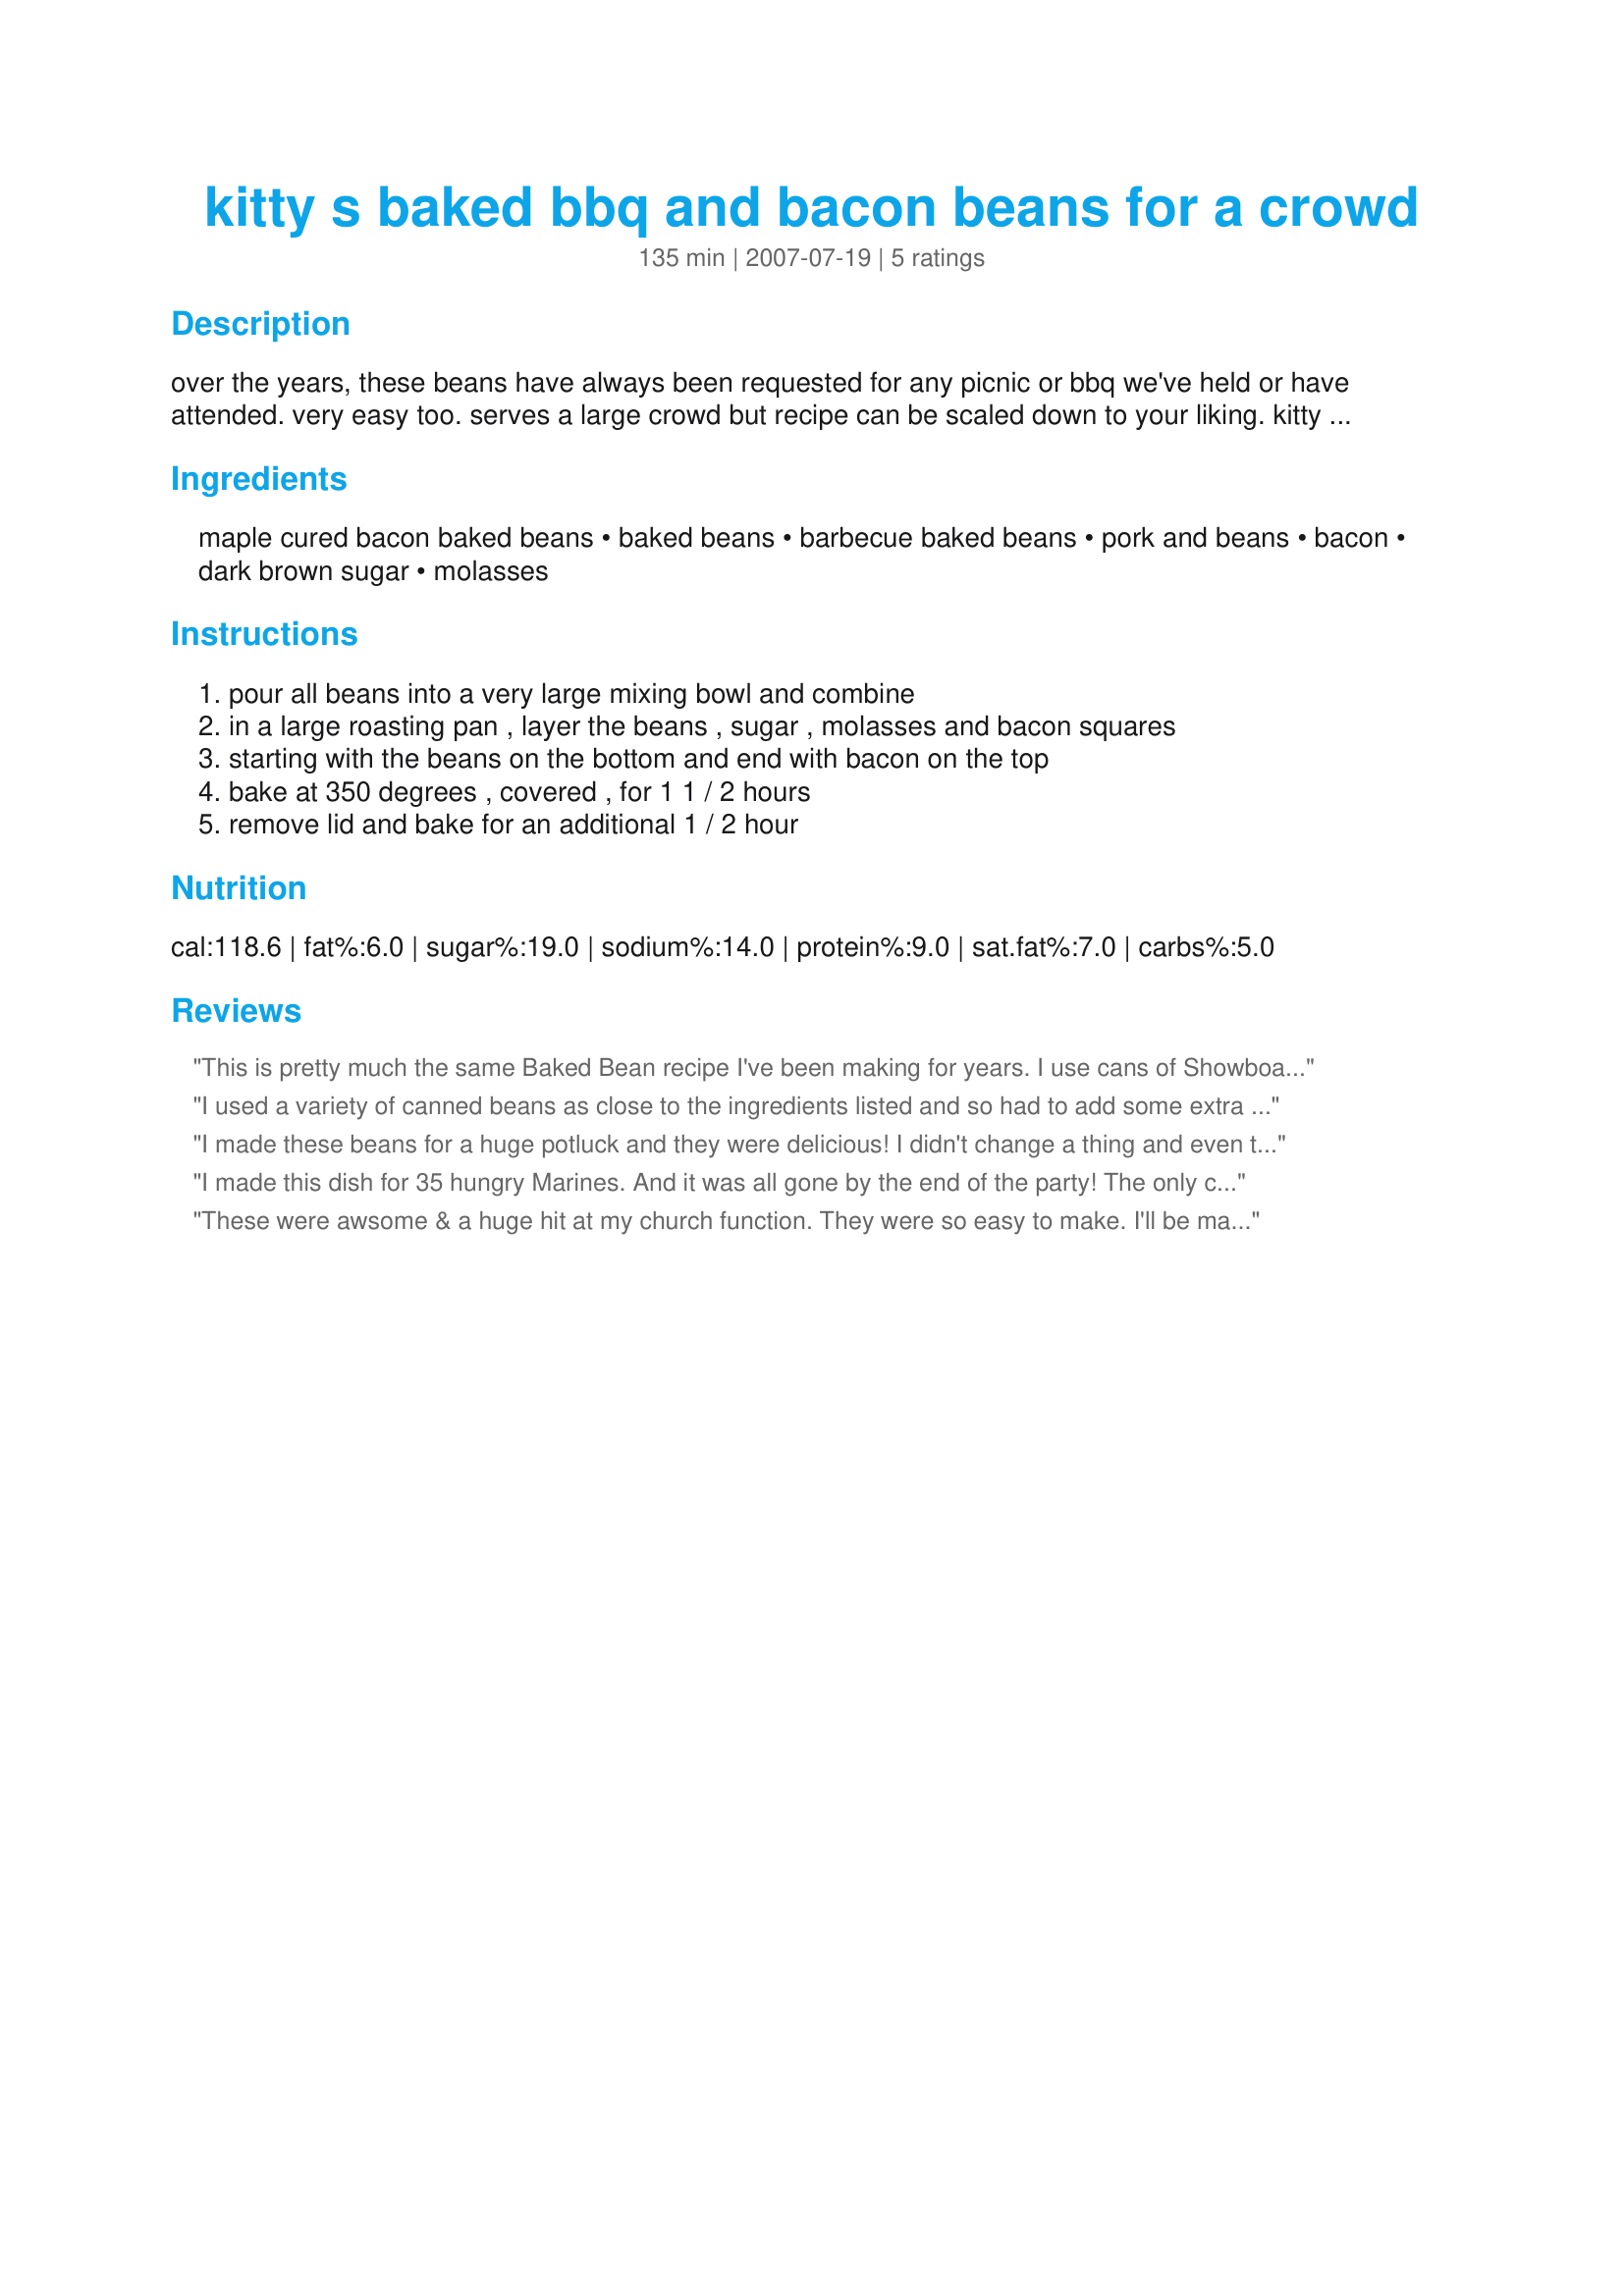
kitty s baked bbq and bacon beans for a crowd
Preparation time: 135 minutes

over the years, these beans have always been requested for any picnic or bbq we've held or have attended. very easy too. serves a large crowd but recipe can be scaled down to your liking. kitty was a co-worker of mine years ago and passed along this recipe before she moved to the south.

Ingredients:
maple cured bacon baked beans, baked beans, barbecue baked beans, pork and beans, bacon, dark brown sugar, molasses

Steps:
pour all beans into a very large mixing bowl and combine, in a large roasting pan , layer the beans , sugar , molasses and bacon squares, starting with the beans on the bottom and end with bacon on the top, bake at 350 degrees , covered , for 1 1 / 2 hours, remove lid and bake for an additional 1 / 2 hour

Reviews:
This is pretty much the same Baked Bean recipe I've been making for years. I use cans of Showboat pork and beans, always taking out the little piece of pork fat...eeew! I drain my beans of the juice, add them to the pan, add yellow mustard, catsup, chopped onion, KC Masterpiece Brown sugar BBQ sauce and dark brown sugar to taste. I then add bacon strips to the top, overlapping each other just a little and I bake it at 350 degrees for a little over an hour, or until the bacon is cooked. It's the combo of the beans, onion, BBQ sauce, sweetness of the brown sugar along with the flavor of the bacon that seeps down into the beans with cooking that make them awesome, lol. Everyone loves them and I've been offered money to make them for others who are having large cookouts.
I used a variety of canned beans as close to the ingredients listed and so had to add some extra seasoning like mustard and bbq sauce. This recipe was enjoyed by everyone even if I didn't make it from scratch!!
I made these beans for a huge potluck and they were delicious! I didn't change a thing and even though there were four other pans of beans, these were the only ones that were gone.
I made this dish for 35 hungry Marines. And it was all gone by the end of the party! The only change I made was the store didn't have BBQ beans, so I added a few squirts of BBQ sauce to even it out. Loved it! Thank you.
These were awsome & a huge hit at my church function. They were so easy to make. I'll be making these again for sure.
